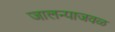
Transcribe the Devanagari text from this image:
जालन्याजवळ